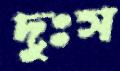
দুঃস